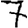
Digit: 7